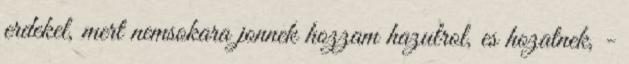
erdekel, mert nemsokara jonnek hozzam hazulrol, es hozatnek, -